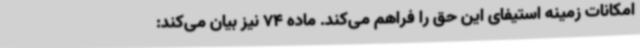
امکانات زمینه استیفای این حق را فراهم می‌کند. ماده 74 نیز بیان می‌کند: